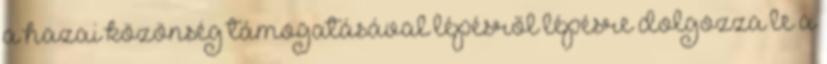
a hazai közönség támogatásával lépésről lépésre dolgozza le a